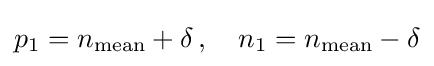
p_{1}=n_{\text{mean}}+\delta \,,\quad n_{1}=n_{\text{mean}}-\delta